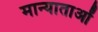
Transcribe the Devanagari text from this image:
मान्याताओं